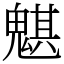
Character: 魌